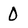
Character: 0